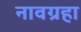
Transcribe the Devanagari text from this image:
नावग्रहा